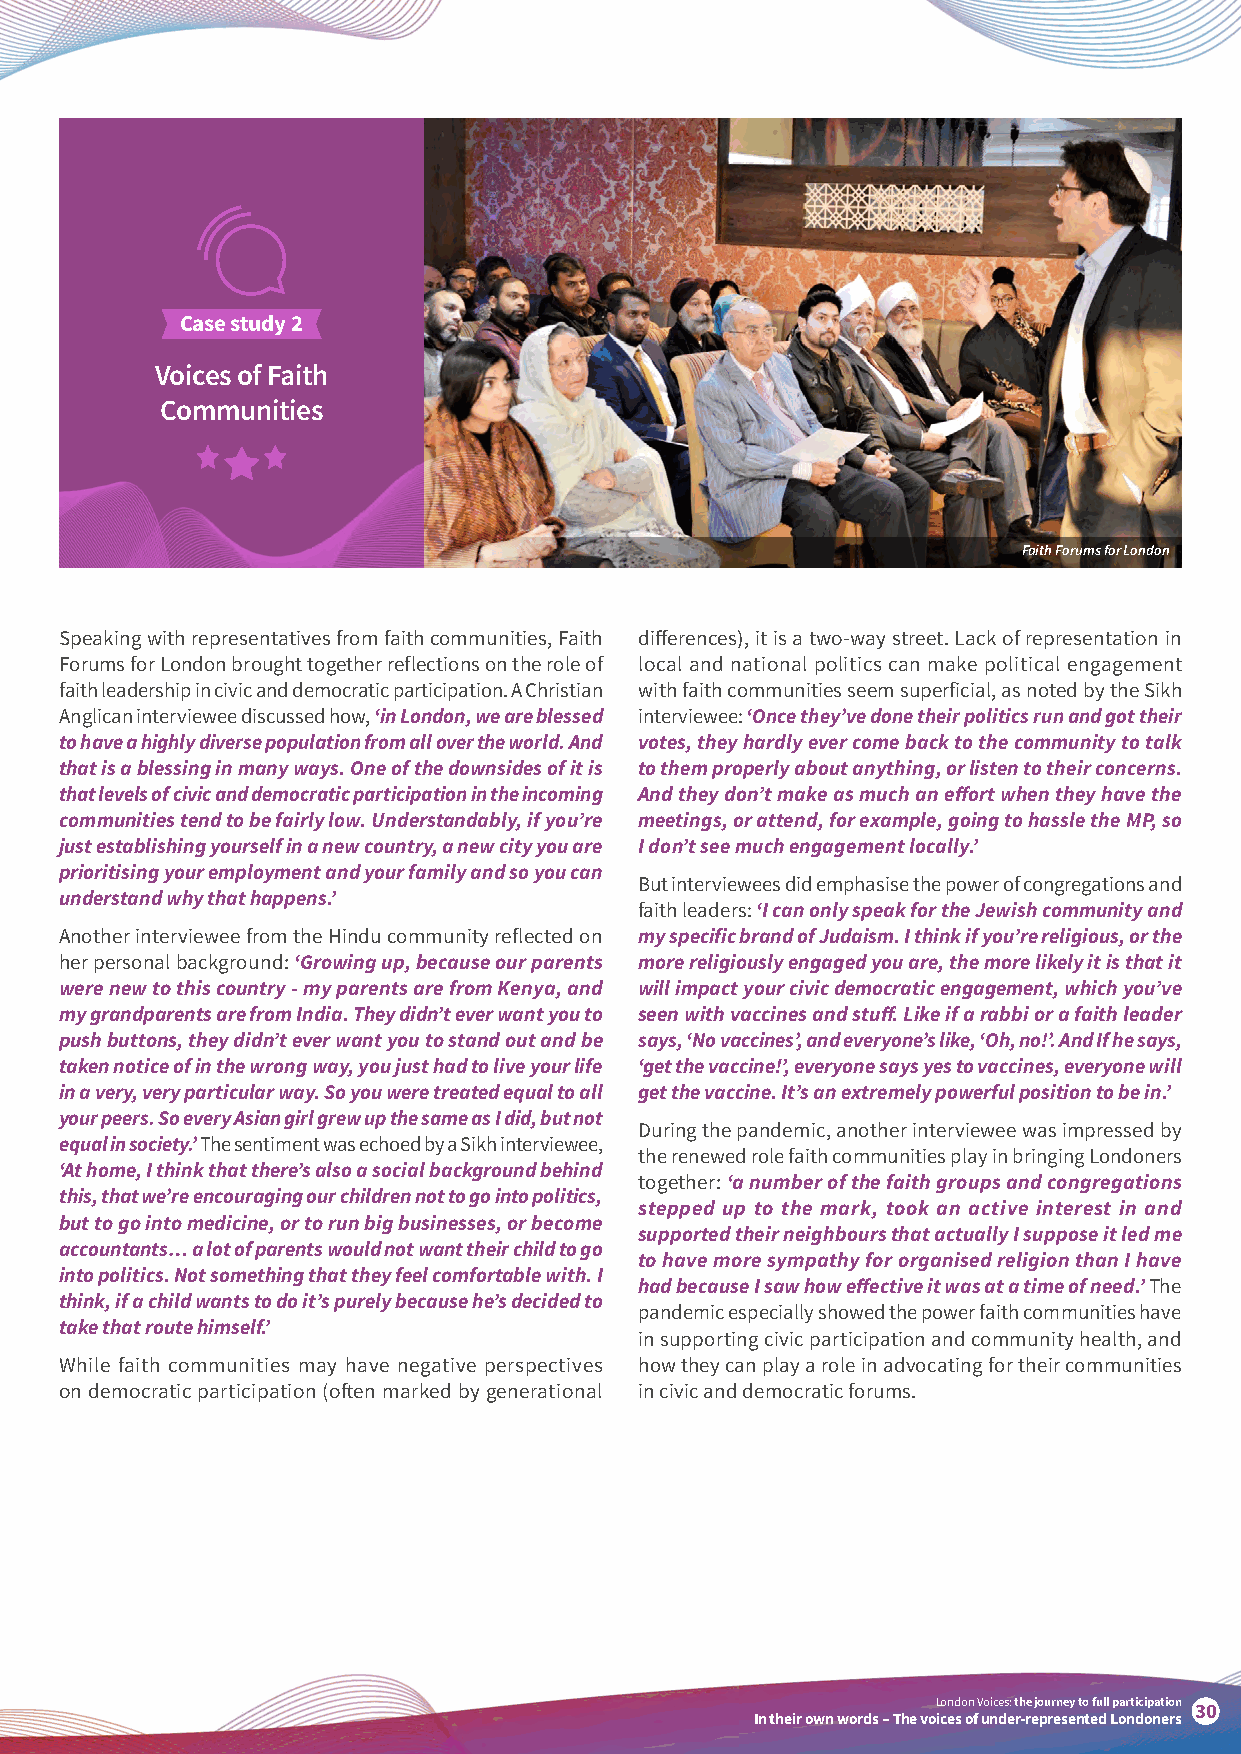
Case study 2
 Voices of Faith
 Communities
 Faith Forums for London
 Speaking with representatives from faith communities, Faith differences), it is a two-way street. Lack of representation in
 Forums for London brought together reflections on the role of local and national politics can make political engagement
 faith leadership in civic and democratic participation. A Christian with faith communities seem superficial, as noted by the Sikh
 Anglican interviewee discussed how, ‘in London, we are blessed interviewee: ‘Once they’ve done their politics run and got their
 to have a highly diverse population from all over the world. And votes, they hardly ever come back to the community to talk
 that is a blessing in many ways. One of the downsides of it is to them properly about anything, or listen to their concerns.
 that levels of civic and democratic participation in the incoming And they don’t make as much an effort when they have the
 communities tend to be fairly low. Understandably, if you’re meetings, or attend, for example, going to hassle the MP, so
 just establishing yourself in a new country, a new city you are I don’t see much engagement locally.’
 prioritising your employment and your family and so you can
 But interviewees did emphasise the power of congregations and
 understand why that happens.’
 faith leaders: ‘I can only speak for the Jewish community and
 Another interviewee from the Hindu community reflected on my specific brand of Judaism. I think if you’re religious, or the
 her personal background: ‘Growing up, because our parents more religiously engaged you are, the more likely it is that it
 were new to this country - my parents are from Kenya, and will impact your civic democratic engagement, which you’ve
 my grandparents are from India. They didn’t ever want you to seen with vaccines and stuff. Like if a rabbi or a faith leader
 push buttons, they didn’t ever want you to stand out and be says, ‘No vaccines’, and everyone’s like, ‘Oh, no!’. And If he says,
 taken notice of in the wrong way, you just had to live your life ‘get the vaccine!’, everyone says yes to vaccines, everyone will
 in a very, very particular way. So you were treated equal to all get the vaccine. It’s an extremely powerful position to be in.’
 your peers. So every Asian girl grew up the same as I did, but not
 During the pandemic, another interviewee was impressed by
 equal in society.’ The sentiment was echoed by a Sikh interviewee,
 the renewed role faith communities play in bringing Londoners
 ‘At home, I think that there’s also a social background behind
 together: ‘a number of the faith groups and congregations
 this, that we’re encouraging our children not to go into politics,
 stepped up to the mark, took an active interest in and
 but to go into medicine, or to run big businesses, or become
 supported their neighbours that actually I suppose it led me
 accountants… a lot of parents would not want their child to go
 to have more sympathy for organised religion than I have
 into politics. Not something that they feel comfortable with. I
 had because I saw how effective it was at a time of need.’ The
 think, if a child wants to do it’s purely because he’s decided to
 pandemic especially showed the power faith communities have
 take that route himself.’
 in supporting civic participation and community health, and
 While faith communities may have negative perspectives how they can play a role in advocating for their communities
 on democratic participation (often marked by generational in civic and democratic forums.
 London Voices: the journey to full participation
 30
 In their own words – The voices of under-represented Londoners